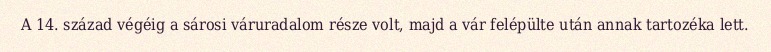
A 14. század végéig a sárosi váruradalom része volt, majd a vár felépülte után annak tartozéka lett.